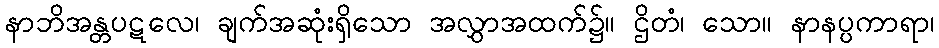
နာဘိအန္တပဋလေ၊ ချက်အဆုံးရှိသော အလွှာအထက်၌။ ဌိတံ၊ သော။ နာနပ္ပကာရာ၊